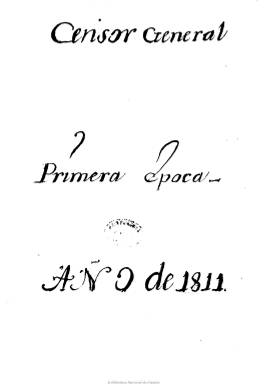
Título: El Censor general (Cádiz)
Colección: Periódicos anteriores a 1850
Ámbito geográfico: Cádiz
Lugar de publicación: Madrid
Fechas: 01/01/1811-12/09/1814

Con la invasión napoleónica y la Guerra de la Independencia la prensa española vivió un período de esplendor. Las Cortes de Cádiz establecieron la libertad de imprenta y eliminaron la censura previa, ratificada después por la Constitución de 1812, dando lugar al nacimiento de la prensa política y, por ello, a la aparición de periódicos de diferente signo, como los liberales Semanario Patriótico o El Robespierre Español y otros, como El Censor General, absolutista.

Este periódico se imprimió por primera vez en 1811 en el establecimiento gaditano de Guerrero y desde 1814 en Madrid en el de Álvarez, saliendo dos veces por semana. En el ‘Prospecto’ sus editores se proponían “ ilustrar” y “hacer recta la opinión pública” para lo cual todo documento político, plan o reforma que saliera a la luz en Cádiz o provincia debería ser analizado con el fin de ”hacer bien a la patria”. Se oponía a las nuevas reformas, por lo que fue muy criticado por los periódicos liberales. Así,  defendía al Santo Oficio en la sección ‘Apología del Altar y del Trono’ del Padre Vélez que preconizaba la vuelta a los valores más tradicionales de la Iglesia, en contra de la libertad de expresión y el laicismo del Estado. El Marqués de Panés,  personaje servil por excelencia, era otro colaborador en la misma línea.